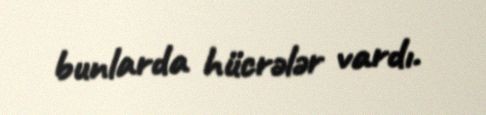
bunlarda hücrələr vardı.